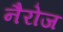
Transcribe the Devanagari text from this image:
नैरोज